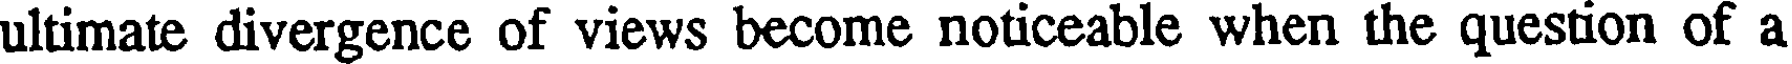
ultimate divergence of views become noticeable when the question of a